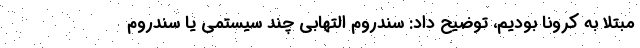
مبتلا به کرونا بودیم، توضیح داد: سندروم التهابی چند سیستمی یا سندروم